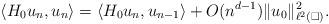
LaTeX: \begin{align*} \left\langle H_0 u_n, u_{n} \right\rangle = \left\langle H_0 u_{n},u_{n-1} \right\rangle + O(n^{d-1})\|u_0\|_{\ell^2(\square)}^2.\end{align*}